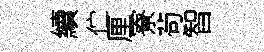
續伫厘寮茍智